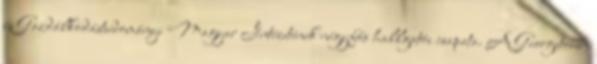
és Gazdálkodástudományi Magyar Intézetének négyfős hallgatói csapata. A Georgetown